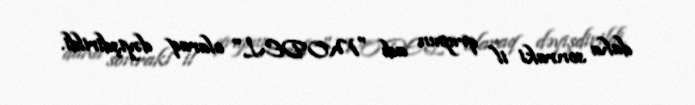
daha sonraki il qrupun adı "MODEL" olaraq dəyişdirildi.